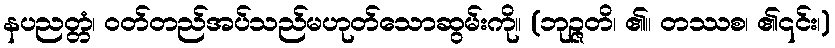
နပညတ္တံ၊ ဝတ်တည်အပ်သည်မဟုတ်သောဆွမ်းကို။ (ဘုဉ္ဇတိ၊ ၏။ တဿစ၊ ၏၎င်း၊)